画像に写った文字を読んでください
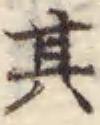
「其」と書いてあります